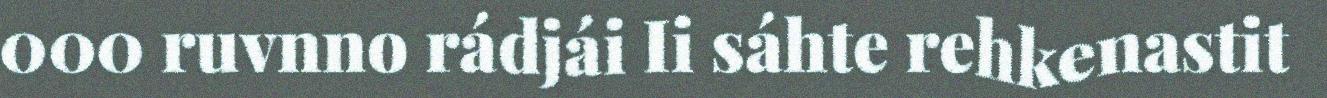
000 ruvnno rádjái Ii sáhte rehkenastit